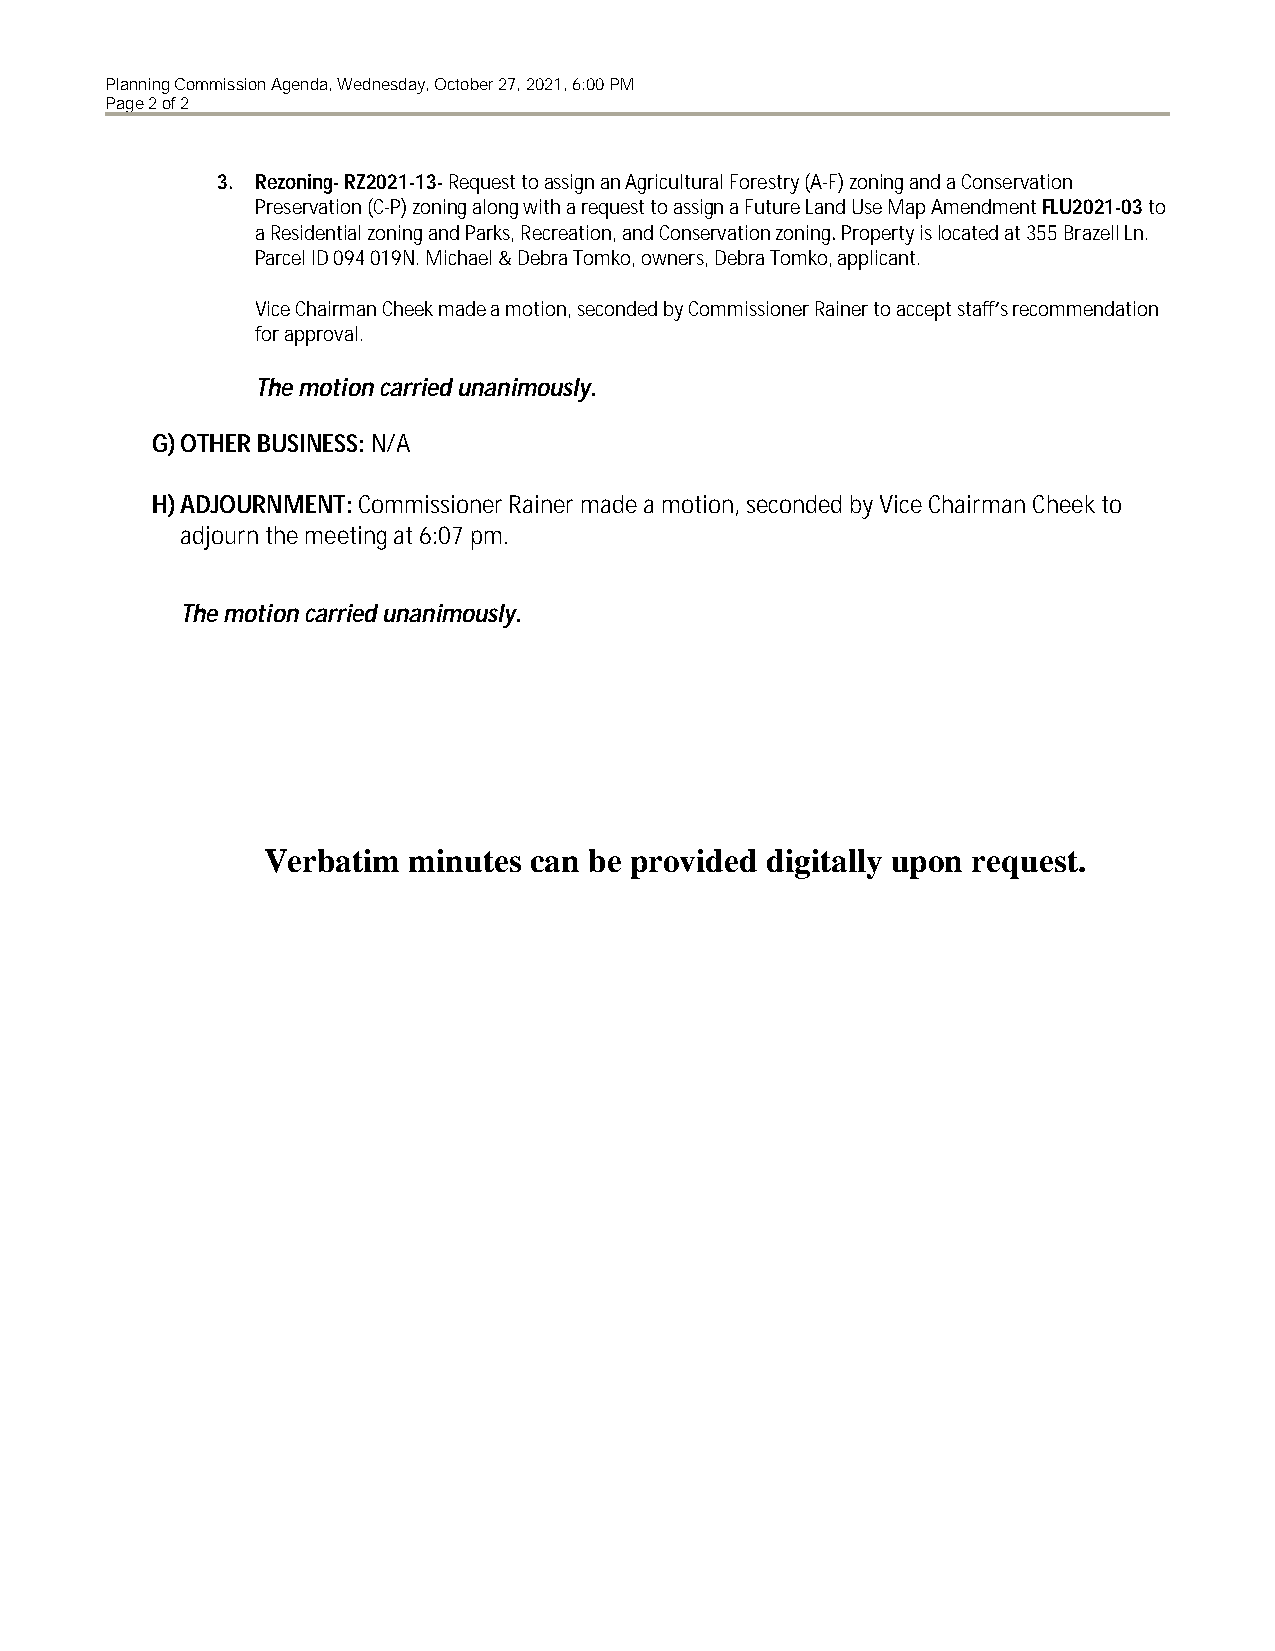
Planning Commission Agenda, Wednesday, October 27, 2021, 6:00 PM
 Page 2 of 2
 3. Rezoning- RZ2021-13- Request to assign an Agricultural Forestry (A-F) zoning and a Conservation
 Preservation (C-P) zoning along with a request to assign a Future Land Use Map Amendment FLU2021-03 to
 a Residential zoning and Parks, Recreation, and Conservation zoning. Property is located at 355 Brazell Ln.
 Parcel ID 094 019N. Michael & Debra Tomko, owners, Debra Tomko, applicant.
 Vice Chairman Cheek made a motion, seconded by Commissioner Rainer to accept staff’s recommendation
 for approval.
 The motion carried unanimously.
 G)OTHER BUSINESS: N/A
 H)ADJOURNMENT: Commissioner Rainer made a motion, seconded by Vice Chairman Cheek to
 adjourn the meeting at 6:07 pm.
 The motion carried unanimously.
 Verbatim  minutes can be provided digitally upon request.